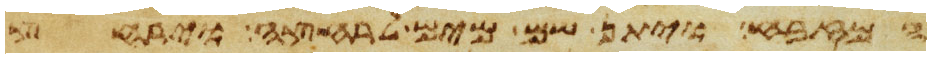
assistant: המזבח ויתן שם מים לרחצה וירחץ